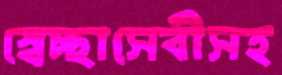
স্বেচ্ছাসেবীসহ